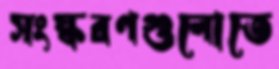
সংস্করণগুলোতে